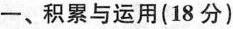
一、积累与运用(18分)